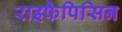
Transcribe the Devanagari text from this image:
राइफैपिसिन